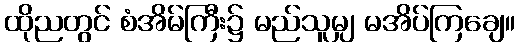
ထိုညတွင် စံအိမ်ကြီး၌ မည်သူမျှ မအိပ်ကြချေ။